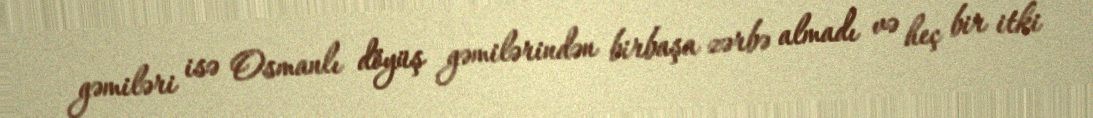
gəmiləri isə Osmanlı döyüş gəmilərindən birbaşa zərbə almadı və heç bir itki